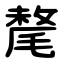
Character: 氂